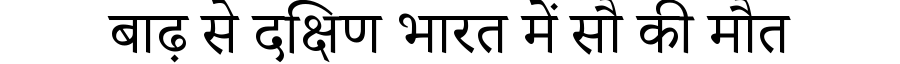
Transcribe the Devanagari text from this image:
बाढ़ से दक्षिण भारत में सौ की मौत